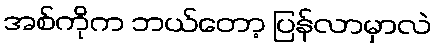
အစ်ကိုက ဘယ်တော့ ပြန်လာမှာလဲ